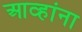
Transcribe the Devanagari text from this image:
आव्हांना